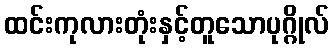
ထင်းကုလားတုံးနှင့်တူသောပုဂ္ဂိုလ်